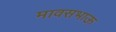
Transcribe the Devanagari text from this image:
मावसभाऊ